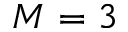
M = 3